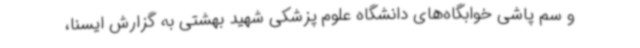
و سم پاشی خوابگاه‌های دانشگاه علوم پزشکی شهید بهشتی به گزارش ایسنا،